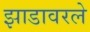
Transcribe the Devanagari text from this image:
झाडावरले